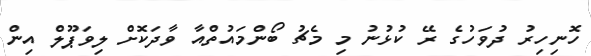
ހޮނިހިރު ދުވަހުގެ ރޭ ކުޅުނު މި މެޗު ބޯންމައުތްއާ ވާދަކޮށް ލިވަޕޫލް އިން